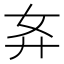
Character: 𰐈